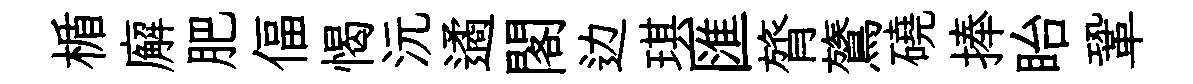
楯廨肥偪愒沅遹閣边琪匯膂鷟磽捧眙鞏